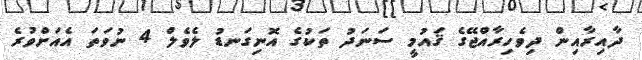
ދާއިރާއިން ދިވެހިރާއްޖޭގެ ޤައުމީ ސަނަދު ތަކުގެ އޮނިގަނޑު ލެވެލް 4 ނުވަތަ އެއަށްވުރެ